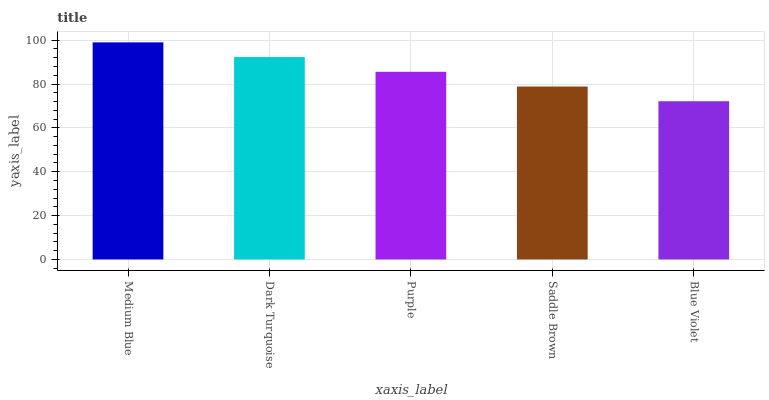
| xaxis_label | bars |
 | --- | --- |
 | Medium Blue | 99 |
 | Dark Turquoise | 92.3 |
 | Purple | 85.6 |
 | Saddle Brown | 78.9 |
 | Blue Violet | 72.2 |